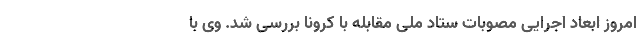
امروز ابعاد اجرایی مصوبات ستاد ملی مقابله با کرونا بررسی شد. وی با